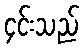
၄င်းသည်